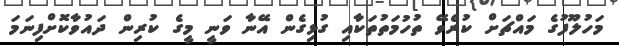
މަހުލޫފުގެ މައްޗަށް ކުރެވޭ ތުހުމަތުތަކާއި ގުޅިގެން އޭނާ ވަނީ މީގެ ކުރިން ދައުވާކޮށްފިނަމަ